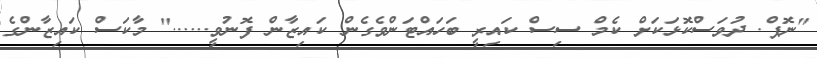
"ނޮޕް. ދުވަސްކޮޅަކަށް ކެމް ސިސް ކައިރީ ބަހައްޓަންވެގެން ކައިޒާން ފޮނުވީ......" މާކަސް ކައިޒާންގެ